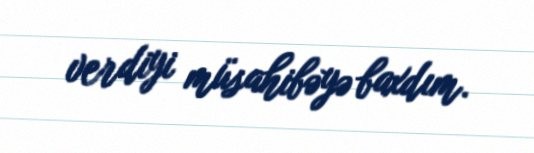
verdiyi müsahibəyə baxdım.